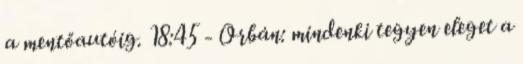
a mentőautóig. 18:45 - Orbán: mindenki tegyen eleget a